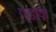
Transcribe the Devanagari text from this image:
पडाके